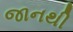
જાનથી